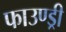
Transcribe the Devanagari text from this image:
फाउण्ड्री